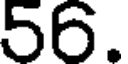
56.